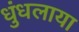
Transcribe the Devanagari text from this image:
धुंधलाया